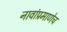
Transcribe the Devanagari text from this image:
नावांप्रमाणेच